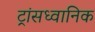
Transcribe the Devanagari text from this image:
ट्रांसध्वानिक